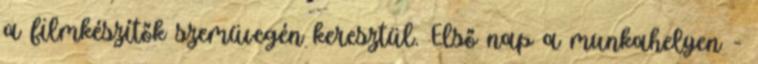
a filmkészítők szemüvegén keresztül. Első nap a munkahelyen -